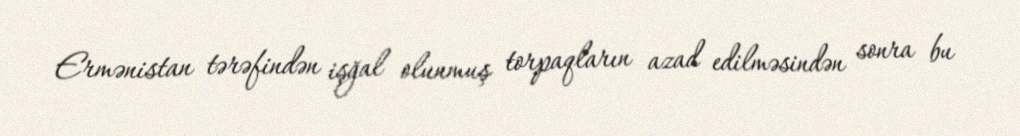
Ermənistan tərəfindən işğal olunmuş torpaqların azad edilməsindən sonra bu